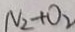
N _ { 2 } + O _ { 2 }